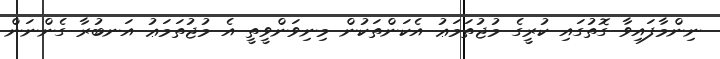
ނިންމާފައިވާ ގޮތުގައި ކުރީގެ މުޖުތަމަޢު އެކަންތަކުން މިނިވަންވީތީ އެ މުޖުތަމަޢު އަނބުރާ ގެންނަން